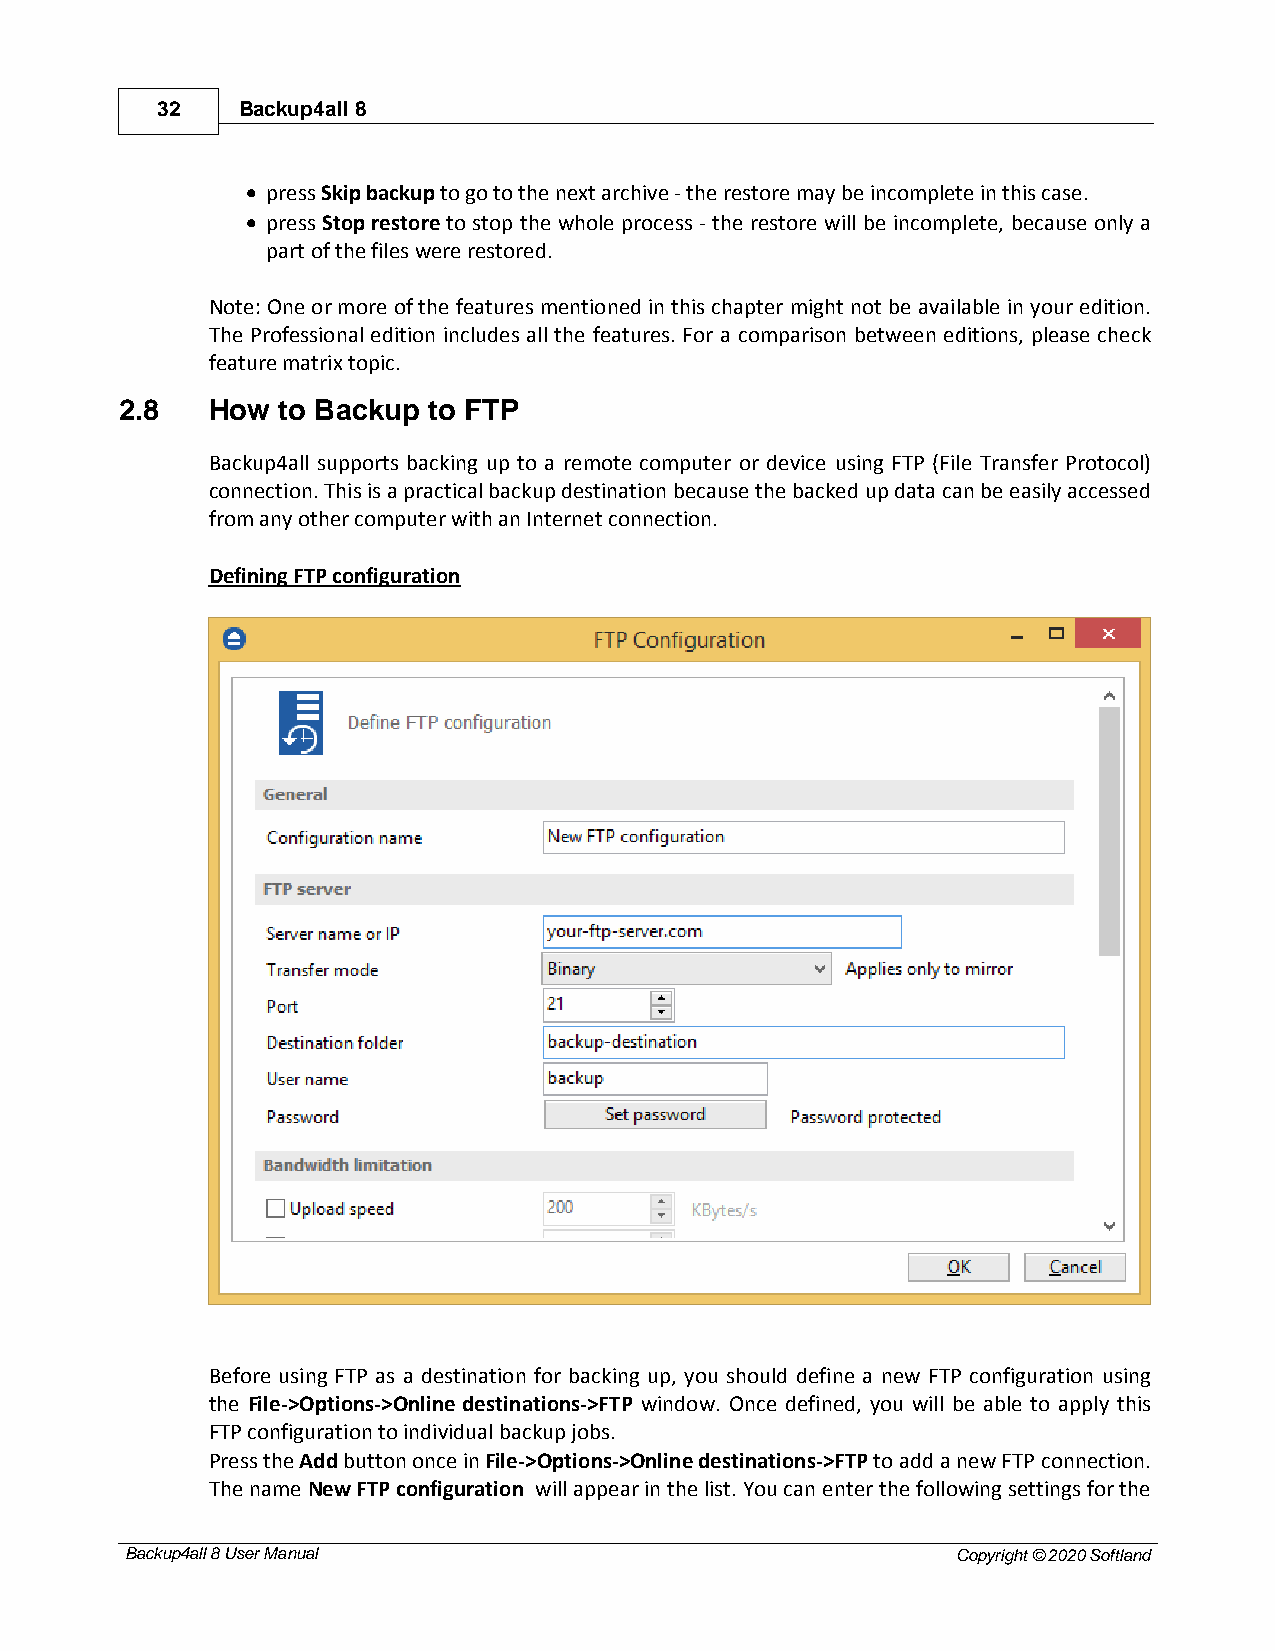
32    Backup4all 8
 · press Skip backup to go to the next archive - the restore may be incomplete in this case.
 · press Stop restore to stop the whole process - the restore will be incomplete, because only a
 part of the files were restored.
 Note: One or more of the features mentioned in this chapter might not be available in your edition.
 The Professional edition includes all the features. For a comparison between editions, please check
 feature matrix topic.
 2.8   How to Backup to FTP
 Backup4all supports backing up to a remote computer or device using FTP (File Transfer Protocol)
 connection. This is a practical backup destination because the backed up data can be easily accessed
 from any other computer with an Internet connection.
 Defining FTP configuration
 Before using FTP as a destination for backing up, you should define a new FTP configuration using
 the File->Options->Online destinations->FTP window. Once defined, you will be able to apply this
 FTP configuration to individual backup jobs.
 Press the Add button once in File->Options->Online destinations->FTP to add a new FTP connection.
 The name New FTP configuration will appear in the list. You can enter the following settings for the
 Backup4all 8 User Manual                               Copyright © 2020 Softland